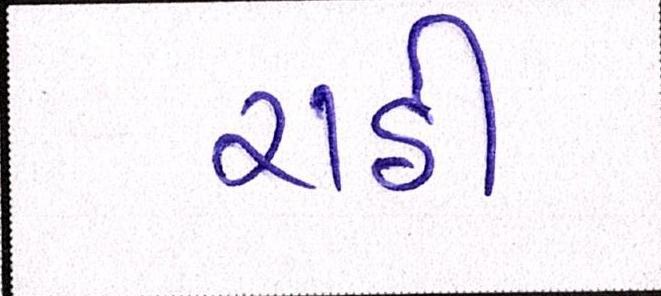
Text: રાઠી